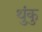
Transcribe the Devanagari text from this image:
थुंकु